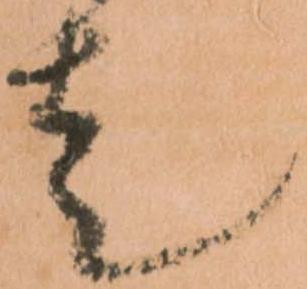
走